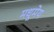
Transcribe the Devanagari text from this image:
मधूमेय